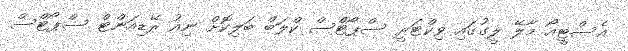
އެސްޓީއޯ މާލޭ ލީގުގައި ވިކްޓަރީ ސްޕޯޓްސް ކްލަބް ބަލިކޮށް ނިއު ރޭޑިއަންޓް ސްޕޯޓްސް